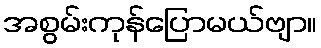
အစွမ်းကုန်ပြောမယ်ဗျာ။